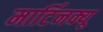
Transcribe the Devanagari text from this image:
मार्टिनक्यू